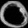
Digit: ၀